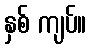
နှစ် ကျပ်။